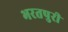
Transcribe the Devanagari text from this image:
भरतपुरी